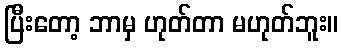
ပြီးတော့ ဘာမှ ဟုတ်တာ မဟုတ်ဘူး။